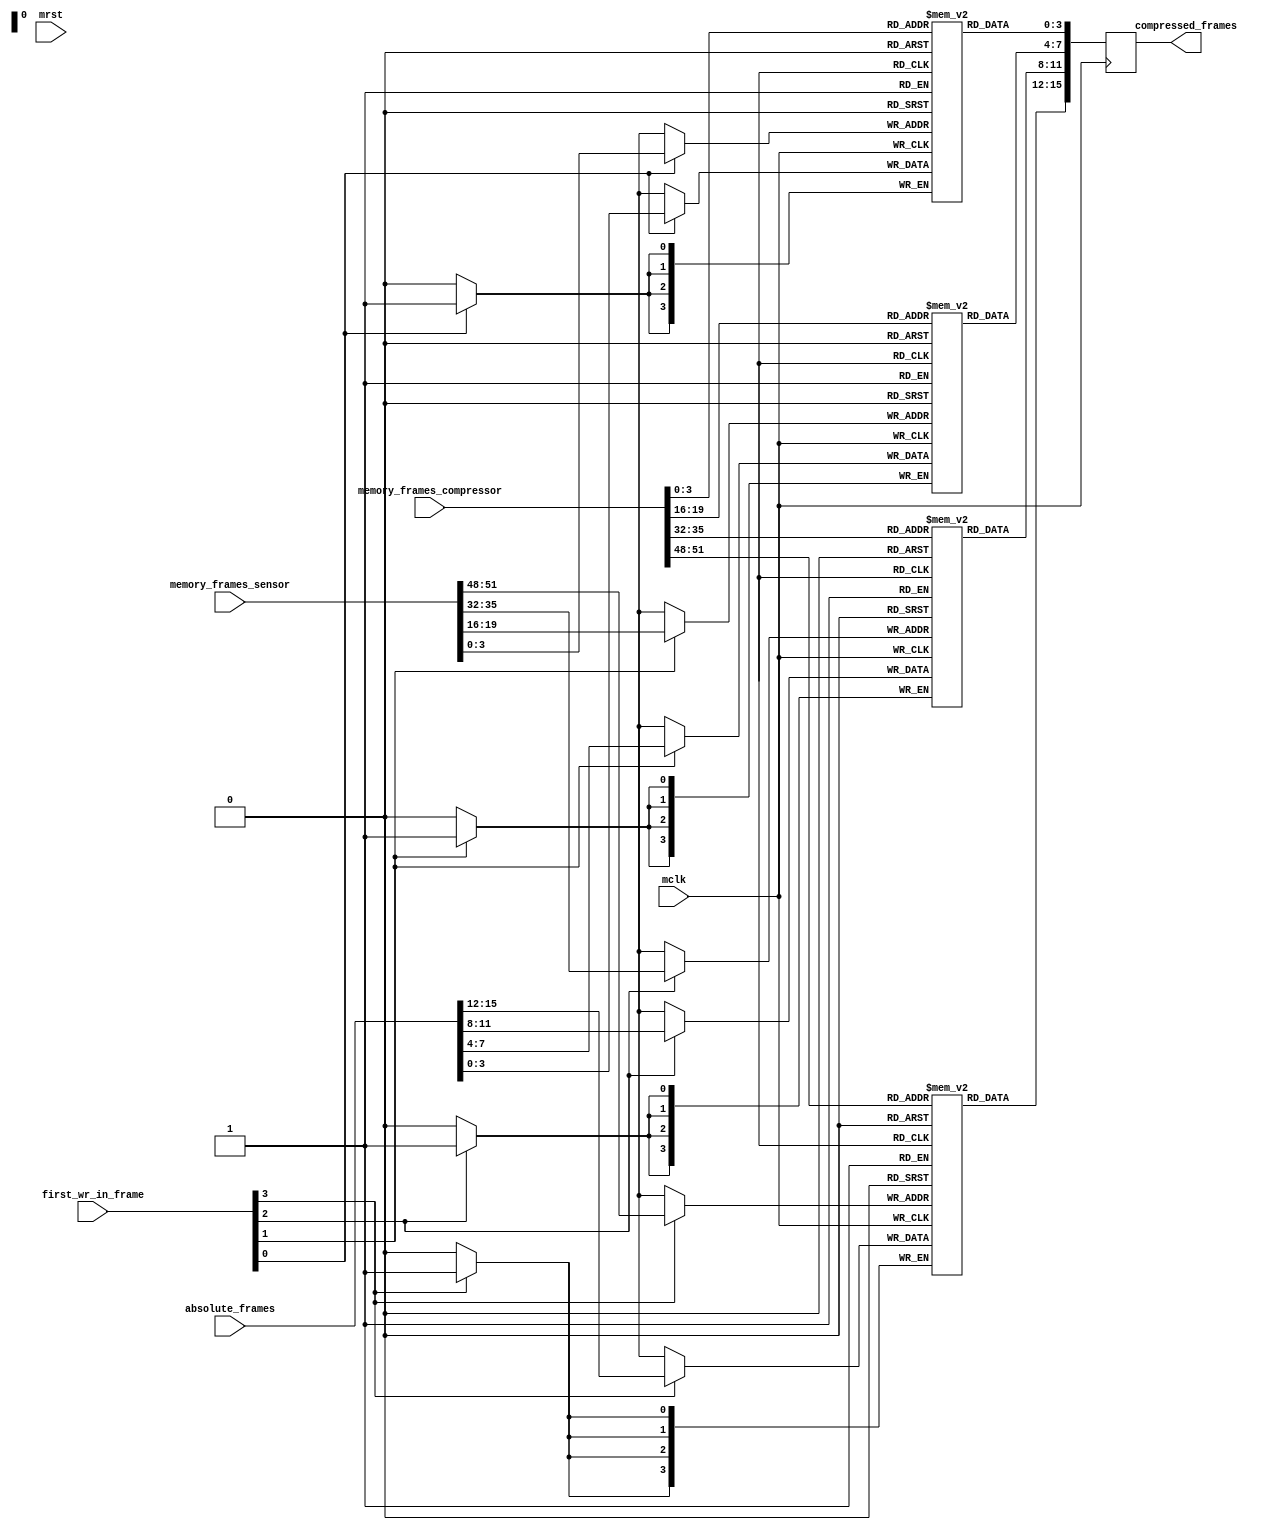
/*!
 * <b>Module:</b>frame_num_sync
 * @file frame_num_sync.v
 * @date 2016-04-28  
 * @author Andrey Filippov     
 *
 * @brief Propagating frame number from acquisition to compressor output
 *
 * @copyright Copyright (c) 2016 Elphel, Inc .
 *
 * <b>License:</b>
 *
 * frame_num_sync.v is free software; you can redistribute it and/or modify
 * it under the terms of the GNU General Public License as published by
 * the Free Software Foundation, either version 3 of the License, or
 * (at your option) any later version.
 *
 *  frame_num_sync.v is distributed in the hope that it will be useful,
 * but WITHOUT ANY WARRANTY; without even the implied warranty of
 * MERCHANTABILITY or FITNESS FOR A PARTICULAR PURPOSE.  See the
 * GNU General Public License for more details.
 *
 * You should have received a copy of the GNU General Public License
 * along with this program.  If not, see <http://www.gnu.org/licenses/> .
 */
`timescale 1ns/1ps

module  frame_num_sync  #(
    parameter NUM_FRAME_BITS = 4,
    parameter LAST_FRAME_BITS = 16,
    parameter FRAME_BITS_KEEP = 4    // number of bits from mcntrl frame number used to index absolute sensor frame number 
)(
// SuppressWarnings VEditor unused 
    input                             mrst,
    input                             mclk, // for command/status
    input      [NUM_FRAME_BITS*4-1:0] absolute_frames,          // per-channel current sensor frame number
    input                       [3:0] first_wr_in_frame,        // sensor writes first block in a frame
//    input                     [3:0] first_rd_in_frame,        // compressor gets first block in a frame
    input     [4*LAST_FRAME_BITS-1:0] memory_frames_sensor,     // 4 channels of frame numbers as defined for memory allocation
    input     [4*LAST_FRAME_BITS-1:0] memory_frames_compressor, // 4 channels of frame numbers as defined for memory allocation, valid after compression (before done)
    output reg [NUM_FRAME_BITS*4-1:0] compressed_frames         // frame numbers valid at compressor done (TODO: keep until IRQ cleared? pointers will change anyway) 
);
    reg      [NUM_FRAME_BITS-1:0] frames_ram0[0: (1<<FRAME_BITS_KEEP) -1];
    reg      [NUM_FRAME_BITS-1:0] frames_ram1[0: (1<<FRAME_BITS_KEEP) -1];
    reg      [NUM_FRAME_BITS-1:0] frames_ram2[0: (1<<FRAME_BITS_KEEP) -1];
    reg      [NUM_FRAME_BITS-1:0] frames_ram3[0: (1<<FRAME_BITS_KEEP) -1];
    always @ (posedge mclk) begin
        if (first_wr_in_frame[0]) frames_ram0[memory_frames_sensor[0*LAST_FRAME_BITS+:FRAME_BITS_KEEP]] <= absolute_frames[0*NUM_FRAME_BITS +: NUM_FRAME_BITS];
        if (first_wr_in_frame[1]) frames_ram1[memory_frames_sensor[1*LAST_FRAME_BITS+:FRAME_BITS_KEEP]] <= absolute_frames[1*NUM_FRAME_BITS +: NUM_FRAME_BITS];
        if (first_wr_in_frame[2]) frames_ram2[memory_frames_sensor[2*LAST_FRAME_BITS+:FRAME_BITS_KEEP]] <= absolute_frames[2*NUM_FRAME_BITS +: NUM_FRAME_BITS];
        if (first_wr_in_frame[3]) frames_ram3[memory_frames_sensor[3*LAST_FRAME_BITS+:FRAME_BITS_KEEP]] <= absolute_frames[3*NUM_FRAME_BITS +: NUM_FRAME_BITS];
        compressed_frames[0*NUM_FRAME_BITS +: NUM_FRAME_BITS] <= frames_ram0[memory_frames_compressor[0*LAST_FRAME_BITS+:FRAME_BITS_KEEP]];
        compressed_frames[1*NUM_FRAME_BITS +: NUM_FRAME_BITS] <= frames_ram1[memory_frames_compressor[1*LAST_FRAME_BITS+:FRAME_BITS_KEEP]];
        compressed_frames[2*NUM_FRAME_BITS +: NUM_FRAME_BITS] <= frames_ram2[memory_frames_compressor[2*LAST_FRAME_BITS+:FRAME_BITS_KEEP]];
        compressed_frames[3*NUM_FRAME_BITS +: NUM_FRAME_BITS] <= frames_ram3[memory_frames_compressor[3*LAST_FRAME_BITS+:FRAME_BITS_KEEP]];
    end


endmodule

//    wire   [4*LAST_FRAME_BITS-1:0] cmprs_frame_number_src;// input[15:0] current frame number (for multi-frame ranges) in the source (sensor) channel